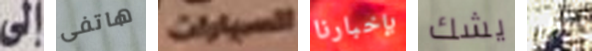
إلى هاتفى السيارات بإخبارنا يشك هل